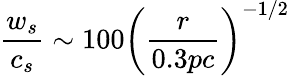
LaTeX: \frac{w_{s}}{c_{s}}\sim 100\left(\frac{r}{0.3pc}\right)^{-1/2}